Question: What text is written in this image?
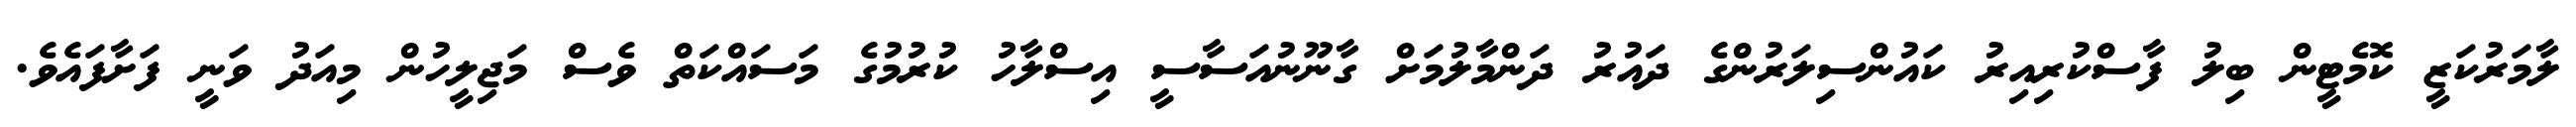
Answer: ލާމަރުކަޒީ ކޮމެޓީން ބިލު ފާސްކުރިއިރު ކައުންސިލަރުންގެ ދައުރު ދަންމާލުމަށް ގާނޫނުއަސާސީ އިސްލާހު ކުރުމުގެ މަސައްކަތް ވެސް މަޖިލީހުން މިއަދު ވަނީ ފަށާފައެވެ.